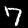
Label: 7